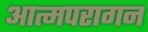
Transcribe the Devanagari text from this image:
आत्मपरागन